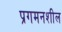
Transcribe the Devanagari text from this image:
प्रगमनशील